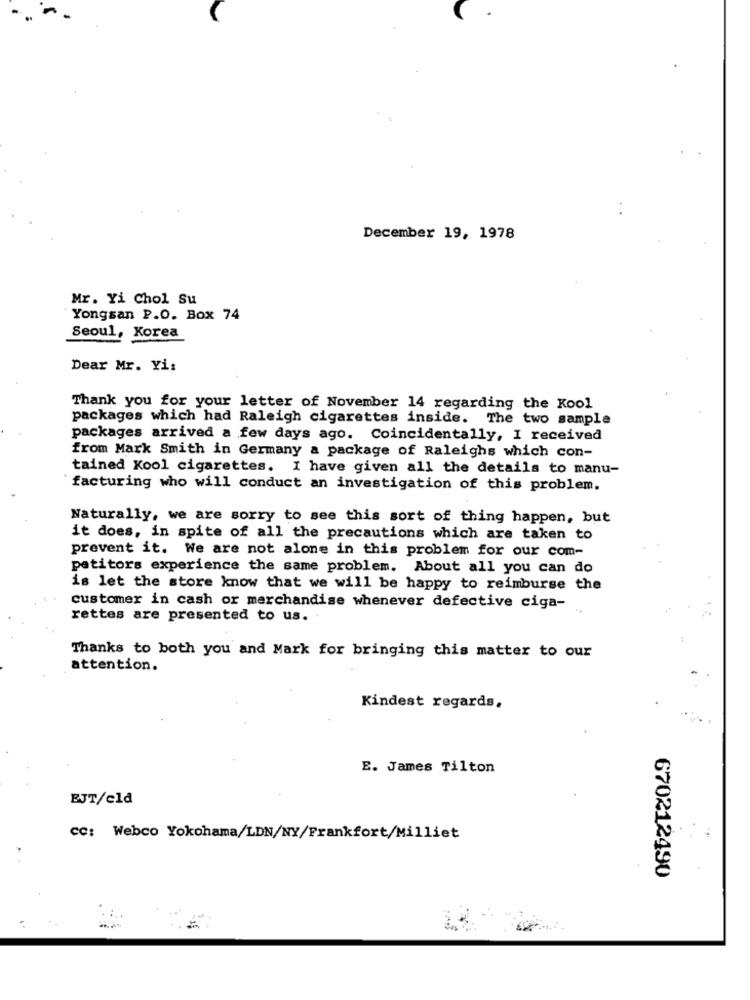
.
December 19, 1978
Mr. Yi Chol Su
Yongsan P.O. Box 74
Seoul, Korea
Dear Mr. Yi:
Thank you for your letter of November 14 regarding the Kool
packages which had Raleigh cigarettes inside. The two sample
packages arrived a few days ago. Coincidentally, I received
from Mark Smith in Germany a package of Raleighs which con-
tained Kool cigarettes. I have given all the details to manu-
facturing who will conduct an investigation of this problem.
Naturally, we are sorry to see this sort of thing happen, but
it does, in spite of all the precautions which are taken to
prevent it. We are not alone in this problem for our com-
petitors experience the same problem. About all you can do
is let the store know that we will be happy to reimburse the
customer in cash or merchandise whenever defective ciga-
rettes are presented to us. .
Thanks to both you and Mark for bringing this matter to our
attention.
Kindest regards,
E. James Tilton
EJT/cld
cc: Webco Yokohama/LDN/NY/Frankfort/Milliet
670212490